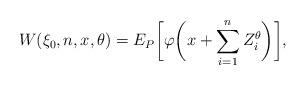
LaTeX: \begin{align*}W(\xi_0,n,x,\theta)=E_P\biggl[\varphi\biggl(x+\sum_{i=1}^{n} Z_i^\theta\biggr)\biggr],\end{align*}